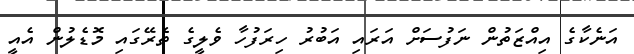
އަނެކާގެ އިއްޒަތުން ނަފުސަށް އަރައި އަބުރު ހިރަފުހާ ވެލީގެ ތެރޭގައި މޮޑެލުން އެއީ